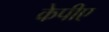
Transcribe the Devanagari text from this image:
केपीए